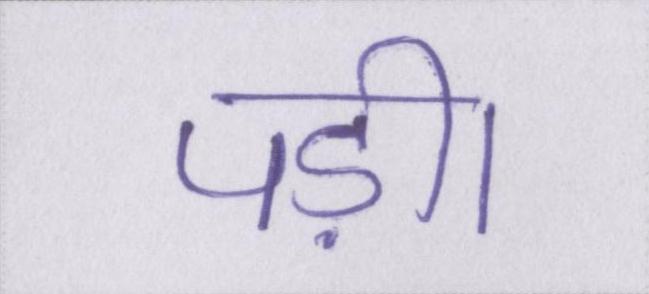
पड़ी।